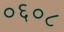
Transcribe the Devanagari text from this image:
०६०८